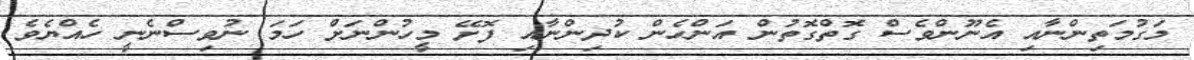
މަގުމަތިންނާއި އެނޫންވެސް ގޮތްގޮތުން އަންހެން ކުދިންނާއި ފޮށޭ މީހުންނަށް ހަމަ ނުވިސްނެނީ ހެއްޔެވެ